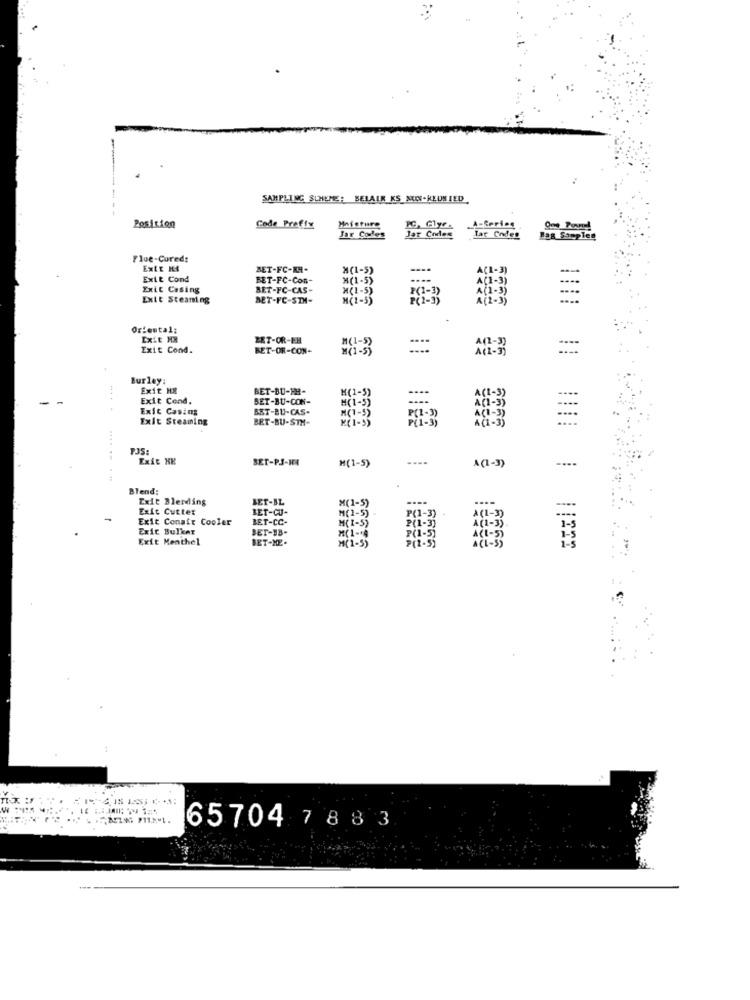
--
SAMPLING SUMUPE: BELALR KS MOON-KLUBIED
Position
Code Prefix
A-Series
Jar Coles
Jar Codes
Jar Codes
Bag Simplen
Flue-Cured:
ExLE HA
BET-FC-KH-
"(1-5)
Exit Cond
BET-FC-Con-
x(1-5)
Exit Casing
BET-FC-CAS-
M(1-5)
=
Exit Steaming
DET-FC-STM-
P(1-3)
Oriental;
EXSE HX
BET-OR-EH
A(2-3)
Exit Cond.
BET-OR-CON+
Burley:
Exit HR
BET-BU-MH-
...
Exit Cend.
BET-BU-CON-
A( - 3 )
Exit Casing
BET-BU-CAS-
H(1-5)
P(1-3)
Exit Steaming
BET-BU-STM-
M ( 1 - 3)
A(1- 3 )
PJS:
Exit KK
BET-PS-HA
M(1-5)
A(1-3)
....
Blend:
Exit Blerding
SET-BL
M(1-5)
....
Exit Cutter
BET-CU-
M( 1-5)
Exit Conair Cooler
BET-CC-
Exit Bulker
BET-BB-
M(1-5)
P(1-3)
Exit Menthel
BET-ME.
M(1-4
M(1-5)
65704 7 883